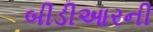
બીડીઆરની